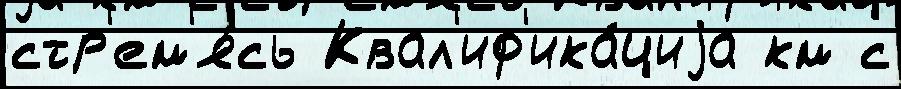
стр'ем'я́сь Квал'иф'ика́циjа км с